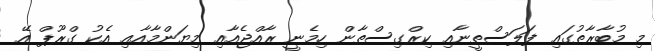
މި މުބާރާތުގައި ފަލަސްތީނާއި ކިރްގިސްތާން ހިމެނީ ރާއްޖެއާއި މިޔަންމާއާއި އެކު ގްރޫޕް އޭ